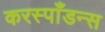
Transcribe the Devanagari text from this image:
करस्पाँडन्स